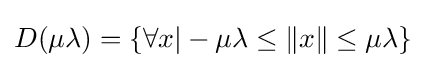
D(\mu \lambda )=\{\forall x|-\mu \lambda \leq \|x\|\leq \mu \lambda \}